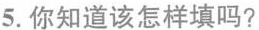
5.你知道该怎样填吗?